Source: Handwritten
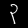
Digit: ၃ (3)